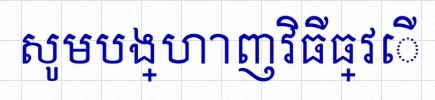
សូមបង្ហាញវិធីធ្វើ